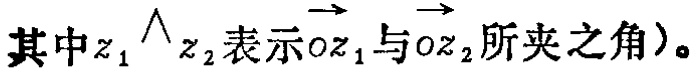
其中\(z_1\diagup z_2\)表示\(\overrightarrow{oz_1}\)与\(\overrightarrow{oz_2}\)所夹之角)。